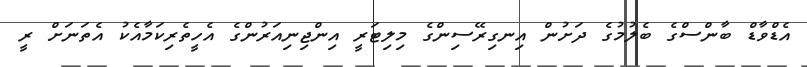
އެޑްވާޑް ބާންސްގެ ބެލުމުގެ ދަށުން އިނގިރޭސިންގެ މިލިޓަރީ އިންޖިނިއަރުންގެ އެހީތެރިކަމާއެކު އެތަނަށް ރީ